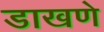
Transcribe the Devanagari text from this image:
डाखणे